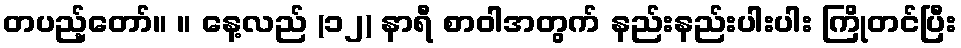
တပည့်တော်။ ။ နေ့လည် (၁၂) နာရီ စာဝါအတွက် နည်းနည်းပါးပါး ကြိုတင်ပြီး